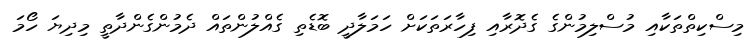
މިސްކިތްތަކާއި މުސްލިމުންގެ ގެދޮރާއި ފިހާރަތަކަށް ހަމަލާދީ ބޮޑެތި ގެއްލުންތައް ދެމުންގެންދާތީ މިދިޔަ ހޯމަ